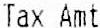
TAX AMT